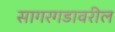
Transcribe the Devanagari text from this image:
सागरगडावरील